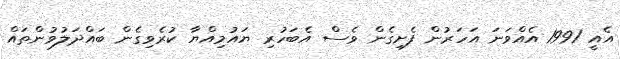
އެއީ 1991 އެއްވަނަ އަހަރުން ފެށިގެން ވެސް އެބަހުރި ޔައުމިއްޔާ ކުރެވިގެން ބައްދަލުވުންތައް